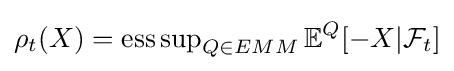
\rho _{t}(X)=\operatorname {ess\,sup} _{Q\in EMM}\mathbb {E} ^{Q}[-X|{\mathcal {F}}_{t}]